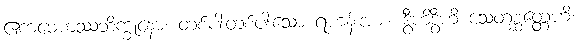
ဧကမေကဿဘိက္ခုနော၊ တစ်ပါးတစ်ပါးသော ရဟန်းအား။ ဒွီဟိဒွီဟိ သေတစ္ဆတ္တေဟိ၊